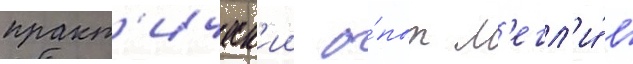
практ'ическ'ии о́пыт л'егл'и́ в